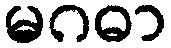
မဂဓာ